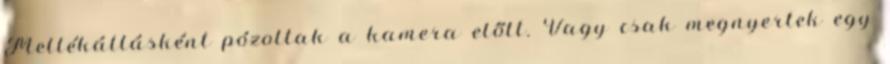
Mellékállásként pózoltak a kamera előtt. Vagy csak megnyertek egy